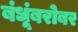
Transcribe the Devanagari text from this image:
बंधूंबरोबर